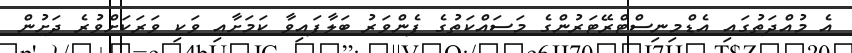
އެ މުއްދަތުގައި އެޑްމިނިސްޓްރޭޓަރުންގެ މަސައްކަތުގެ ފެންވަރު ބަލާފައިވާ ކަމަށާއި ވަކި ވަރަކަށްވުރެ ދަށުން